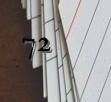
72